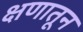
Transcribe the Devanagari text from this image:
क्षणातून